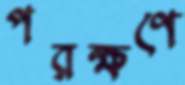
পরক্ষণে